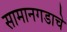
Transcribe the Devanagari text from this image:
सामानगडाचे